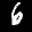
Label: 6